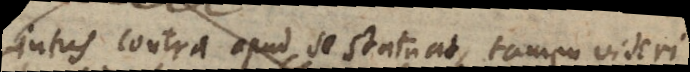
intus contra apud se statuat, tamen videri